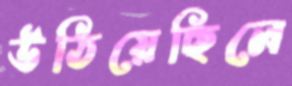
উঠিয়েছিলে